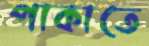
পাকাতে